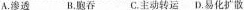
A.渗透B.胞吞C.主动转运D.易化扩散